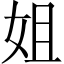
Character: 姐